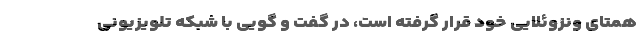
همتای ونزوئلایی خود قرار گرفته است، در گفت و گویی با شبکه تلویزیونی